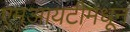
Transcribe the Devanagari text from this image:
एमआयटीमधून